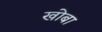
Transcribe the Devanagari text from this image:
खोबा